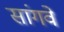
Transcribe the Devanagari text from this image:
सांगवे